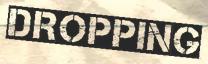
DROPPING